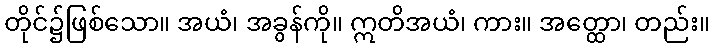
တိုင်၌ဖြစ်သော။ အယံ၊ အခွန်ကို။ ဣတိအယံ၊ ကား။ အတ္ထော၊ တည်း။